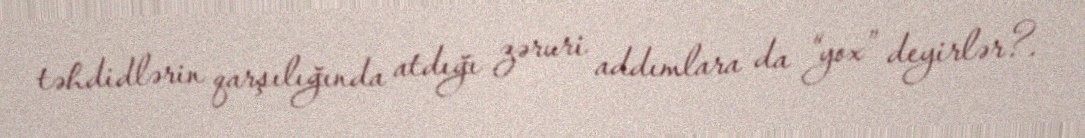
təhdidlərin qarşılığında atdığı zəruri addımlara da “yox” deyirlər?.